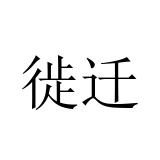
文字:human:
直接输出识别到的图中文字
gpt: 徙迁